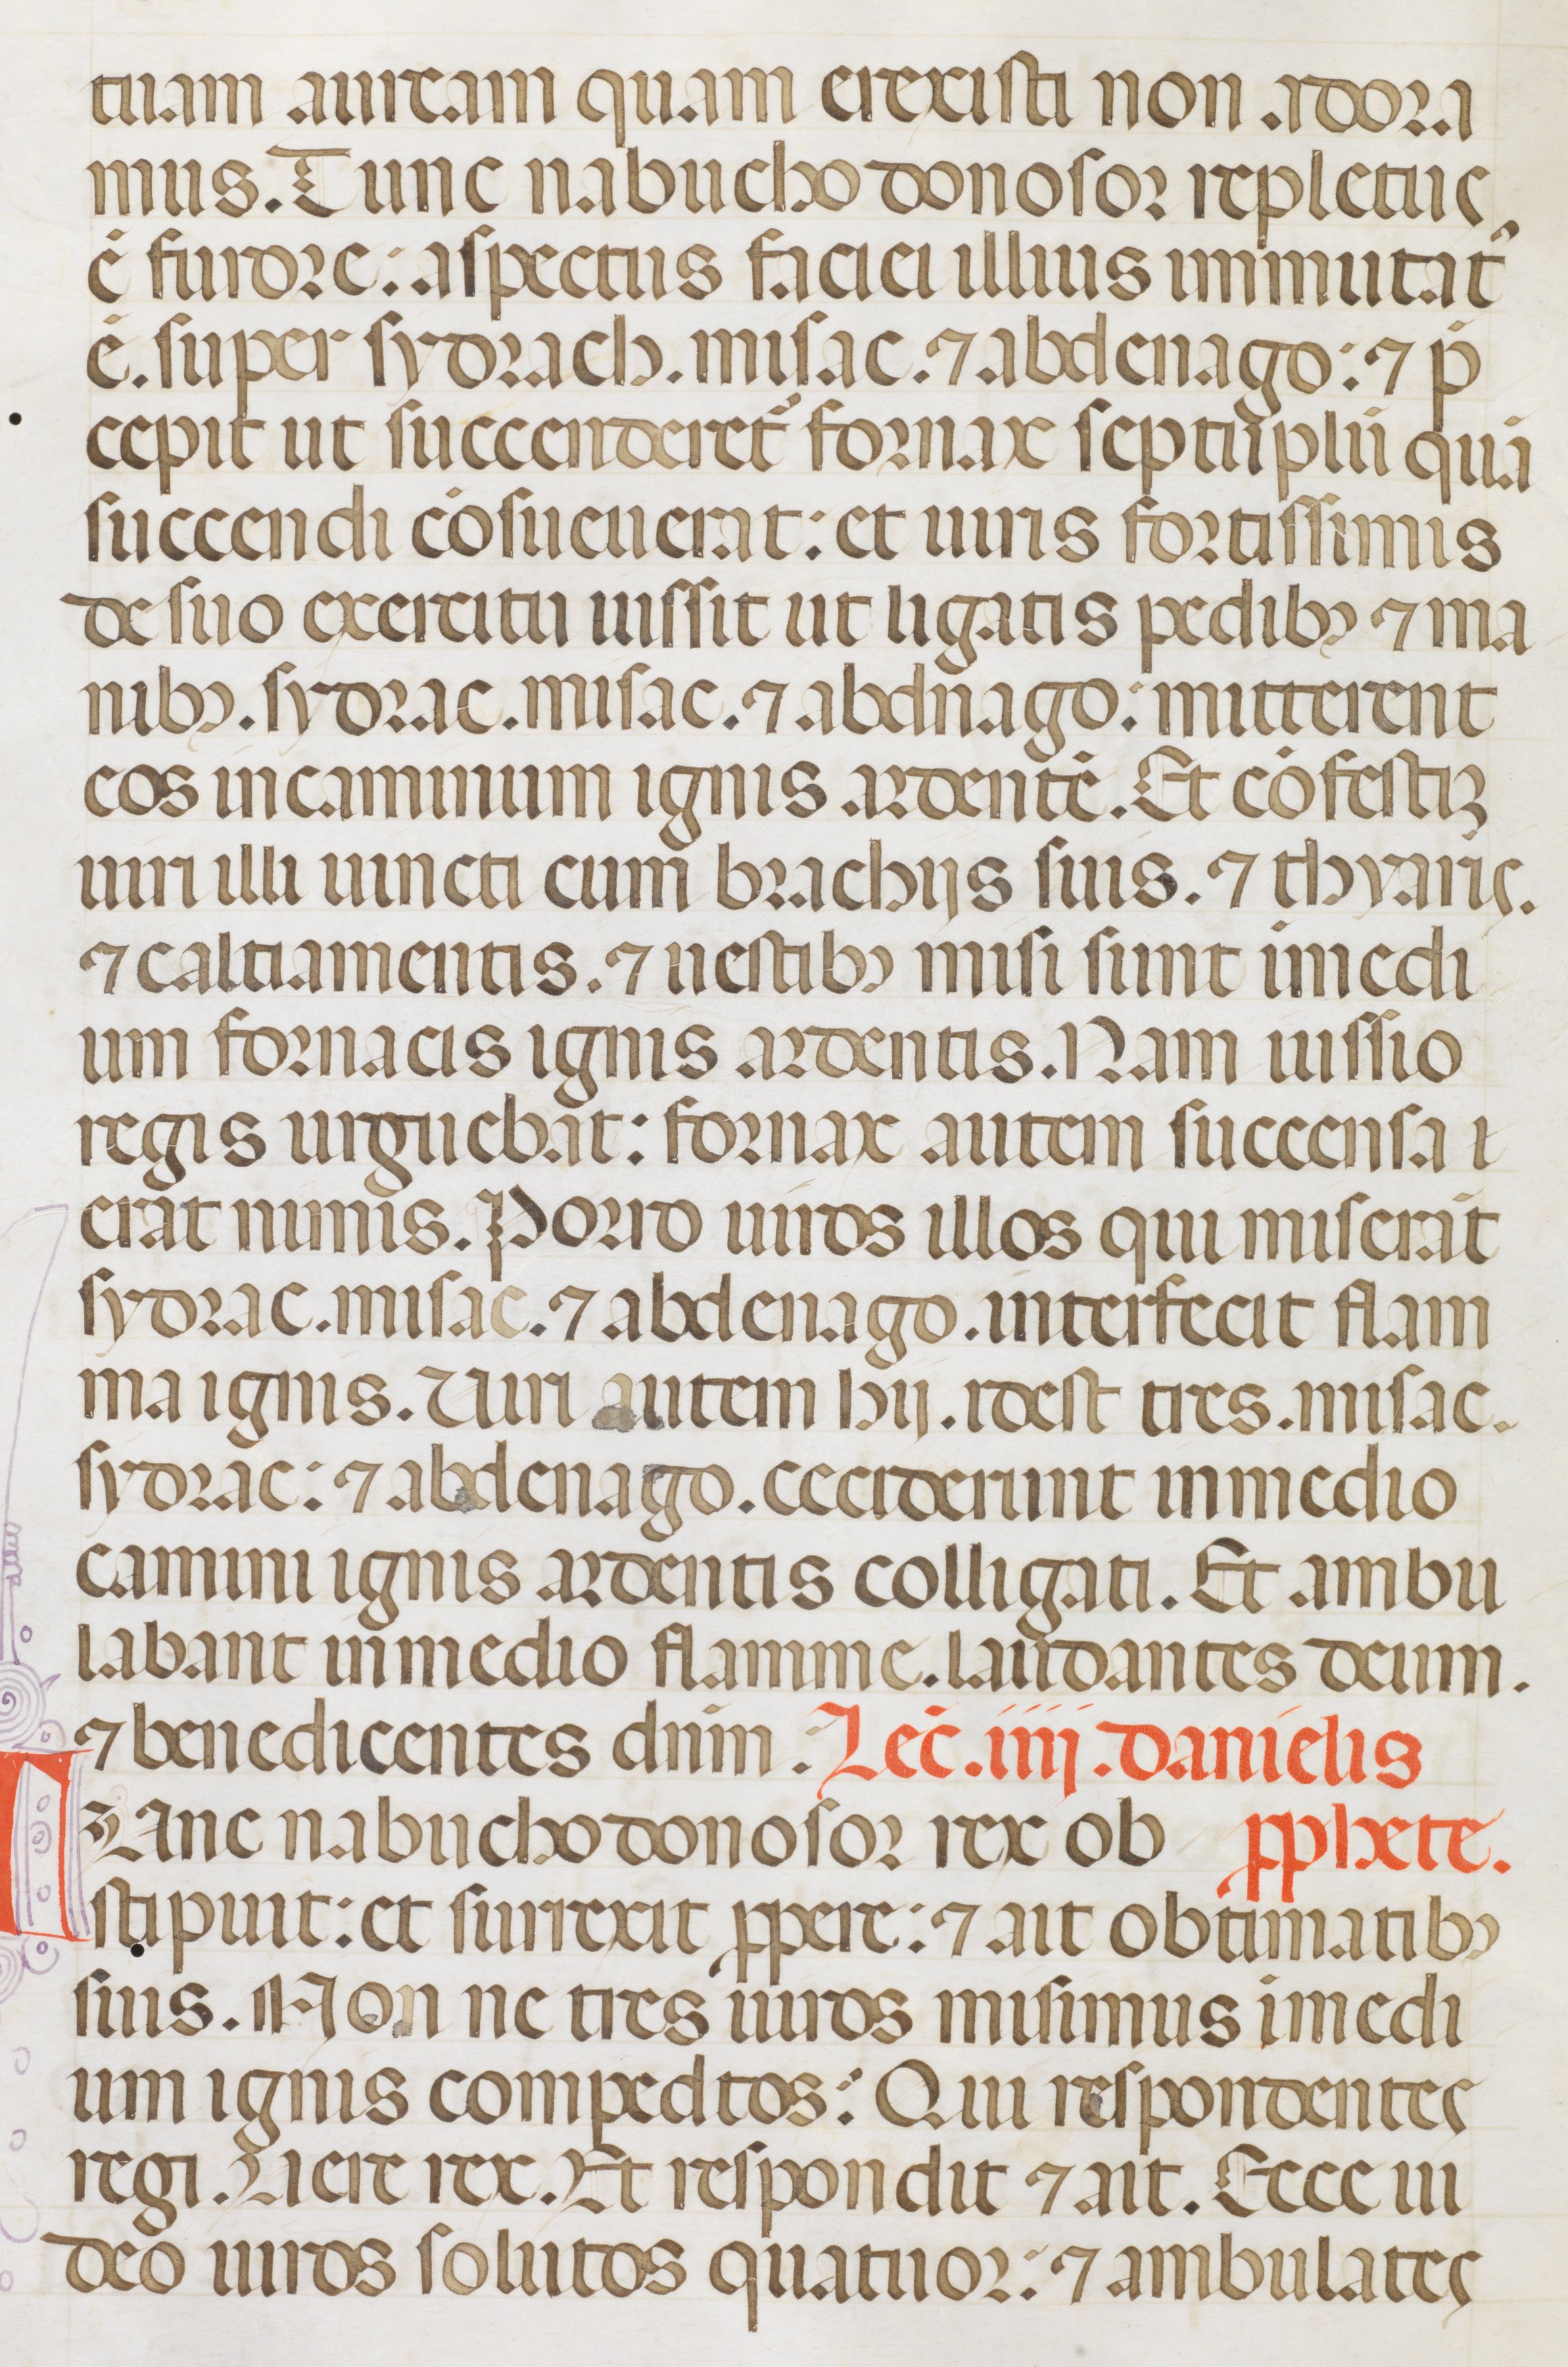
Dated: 1342–1342